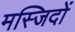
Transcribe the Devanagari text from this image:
मस्‍जिदों